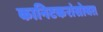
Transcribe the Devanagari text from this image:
कानिटकरांसोबत